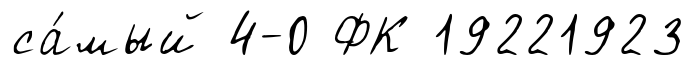
са́мый 4-0 ФК 19221923